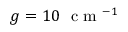
g = 1 0 ~ \mathrm { ~ c ~ m ~ } ^ { - 1 }